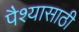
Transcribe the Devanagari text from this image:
पैश्यासाठी